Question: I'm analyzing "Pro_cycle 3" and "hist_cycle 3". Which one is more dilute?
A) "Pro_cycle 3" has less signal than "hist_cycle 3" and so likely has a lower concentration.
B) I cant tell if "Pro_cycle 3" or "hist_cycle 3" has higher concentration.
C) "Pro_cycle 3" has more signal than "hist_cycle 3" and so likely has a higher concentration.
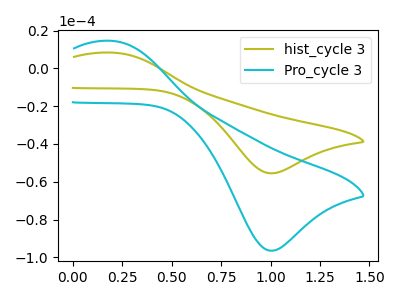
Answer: <think>The olive curve "hist_cycle 3" has an anodic peak at (0.20V, 8.40uA) and a cathodic peak at (1.00V, -55.55uA). The cyan curve "Pro_cycle 3" has an anodic peak at (0.20V, 14.60uA) and a cathodic peak at (1.00V, -96.55uA).
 All the peaks in "Pro_cycle 3" have a peak in "hist_cycle 3" at the same potential. Every peak in "Pro_cycle 3" is higher than every peak in "hist_cycle 3".</think>
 <answer>C) "Pro_cycle 3" has more signal than "hist_cycle 3" and so likely has a higher concentration.</answer>
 <eval>C</eval>